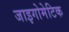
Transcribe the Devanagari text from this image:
जाइगोमेटिक